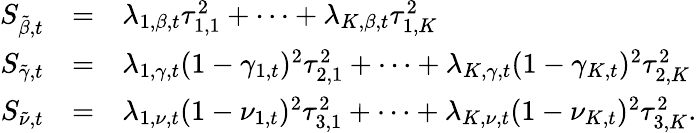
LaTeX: \begin{array}{rcl}{S_{\tilde{\beta},t}}&{=}&{\lambda_{1,\beta,t}\tau_{1,1}^{2}+\dots+\lambda_{K,\beta,t}\tau_{1,K}^{2}}\\ {S_{\tilde{\gamma},t}}&{=}&{\lambda_{1,\gamma,t}(1-\gamma_{1,t})^{2}\tau_{2,1}^{2}+\dots+\lambda_{K,\gamma,t}(1-\gamma_{K,t})^{2}\tau_{2,K}^{2}}\\ {S_{\tilde{\nu},t}}&{=}&{\lambda_{1,\nu,t}(1-\nu_{1,t})^{2}\tau_{3,1}^{2}+\dots+\lambda_{K,\nu,t}(1-\nu_{K,t})^{2}\tau_{3,K}^{2}.}\end{array}